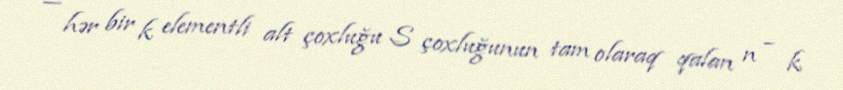
— hər bir k elementli alt çoxluğu S çoxluğunun tam olaraq qalan n − k